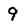
Character: 9